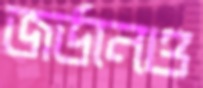
জর্ডানও